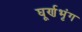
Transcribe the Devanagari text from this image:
घूर्णभृंग